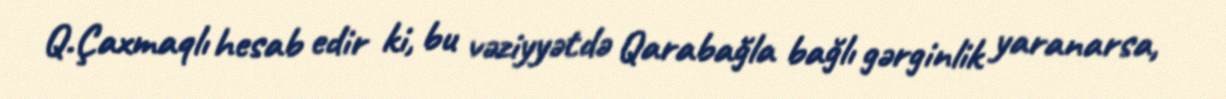
Q.Çaxmaqlı hesab edir ki, bu vəziyyətdə Qarabağla bağlı gərginlik yaranarsa,